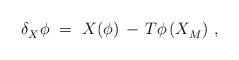
LaTeX: \begin{align*} \delta_X^{} \phi~=~X(\phi) \, - \, T\phi \, (X_M^{})~,\end{align*}